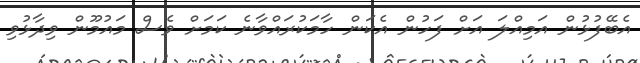
އެބޭފުޅުން އަމިއްލަ އަށް ފަހުން އެކަން ހާމަކުރައްވާނެ ކަމަށް ވެސް މައުމޫން ވިދާޅުވި